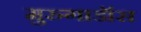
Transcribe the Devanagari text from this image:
मुरुगाडॉस